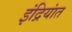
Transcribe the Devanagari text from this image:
इंद्रियांत